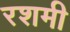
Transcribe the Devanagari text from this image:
रशमी